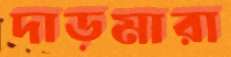
দাড়মারা